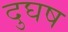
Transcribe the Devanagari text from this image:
दुघष